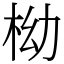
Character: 柪